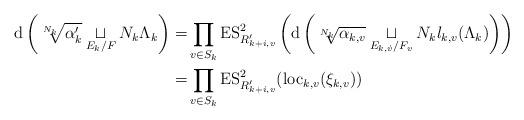
LaTeX: \begin{align*}\mathrm{d} \left( \sqrt[N_k]{\alpha'_k} \underset{E_k/F}{\sqcup} N_k \Lambda_k\right) =& \prod_{v \in S_k} \mathrm{ES}^2_{R'_{k+i,v}} \left( \mathrm{d} \left(\sqrt[N_k]{\alpha_{k,v}} \underset{E_{k, \dot{v}}/F_v}{\sqcup} N_kl_{k,v}(\Lambda_k) \right) \right) \\=& \prod_{v \in S_k} \mathrm{ES}^2_{R'_{k+i,v}}(\mathrm{loc}_{k,v}(\xi_{k,v}))\end{align*}